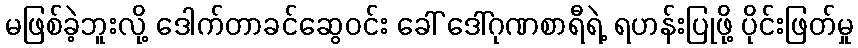
မဖြစ်ခဲ့ဘူးလို့ ဒေါက်တာခင်ဆွေဝင်း ခေါ် ဒေါ်ဂုဏစာရီရဲ့ ရဟန်းပြုဖို့ ပိုင်းဖြတ်မှု